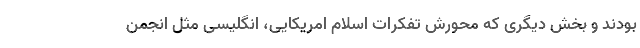
بودند و بخش دیگری که محورش تفکرات اسلام امریکایی، انگلیسی مثل انجمن